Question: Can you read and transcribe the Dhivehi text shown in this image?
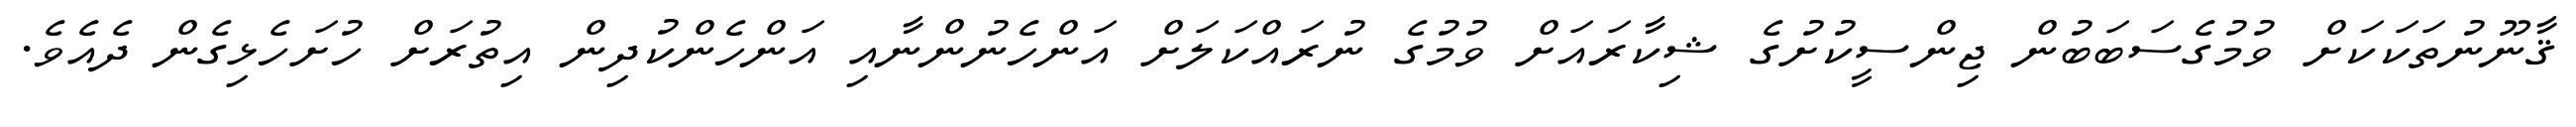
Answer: ޤާނޫނުތަކަކަށް ވުމުގެސަބަބުން ޖިންސީކުށުގެ ޝިކާރައަށް ވުމުގެ ނުރައްކަލަށް އަންހެނުންނާއި އަންހެންކުދިން އިތުރަށް ހުށަހެޅިގެން ދެއެވެ.